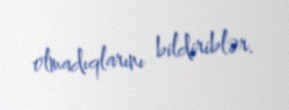
olmadıqlarını bildiriblər.